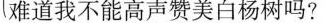
难道我不能高声赞美白杨树吗?这小姑娘的镇定。勇敢、乐观的精神鼓舞了我。